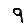
Digit: 9